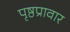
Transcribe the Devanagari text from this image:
पृष्ठप्रावार